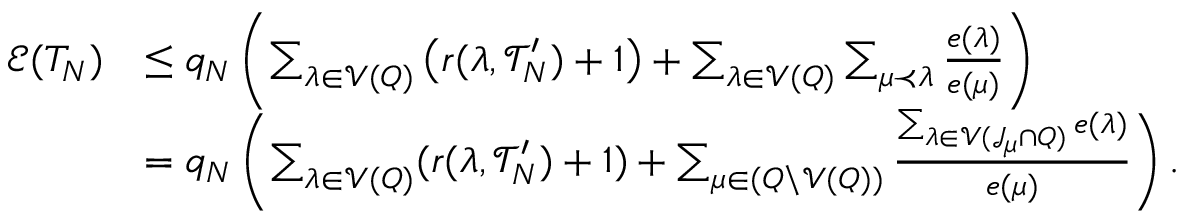
\begin{array} { r l } { \mathcal { E } ( T _ { N } ) } & { \le q _ { N } \left( \sum _ { \lambda \in \mathcal { V } ( Q ) } \left( r ( \lambda , \mathcal { T } _ { N } ^ { \prime } ) + 1 \right) + \sum _ { \lambda \in \mathcal { V } ( Q ) } \sum _ { \mu \prec \lambda } \frac { e ( \lambda ) } { e ( \mu ) } \right) } \\ & { = q _ { N } \left( \sum _ { \lambda \in \mathcal { V } ( Q ) } ( r ( \lambda , \mathcal { T } _ { N } ^ { \prime } ) + 1 ) + \sum _ { \mu \in ( Q \backslash \mathcal { V } ( Q ) ) } \frac { \sum _ { \lambda \in \mathcal { V } ( \mathcal { J } _ { \mu } \cap Q ) } e ( \lambda ) } { e ( \mu ) } \right) . } \end{array}